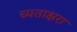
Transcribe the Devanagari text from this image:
च्यताक्षरा